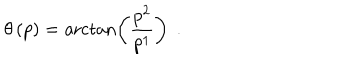
LaTeX: \theta \left( p \right) = \operatorname { a r c t a n } \left( \frac { p ^ { 2 } } { p ^ { 1 } } \right) \; \, .